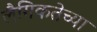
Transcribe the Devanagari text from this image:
लैगिकतेच्या